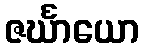
ဇင်္ဃာယော